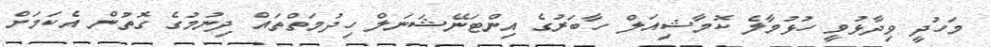
މަހުދީ ވިދާޅުވީ ހުޅުމާލެ ކޮމާޝިއަލް ހާބަރުގެ އިންޓަނޭޝަނަލް ހިދުމަތްތައް ދިނުމުގެ ގޮތުން އެކަމަށް